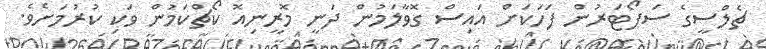
ޗެލްސީގެ ސަޕޯޓަރުން ފަހަކަށް އައިސް ގޮވާލަމުން ދަނީ މޮރީނިއޮ ކޯޗްކަމުން ވަކި ކުރުމަށެވެ.